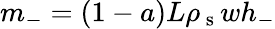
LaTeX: m_{-}=(1-a)L\rho_{\mathrm{~s~}}wh_{-}